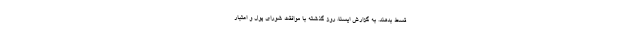
قسط بدهند. به گزارش ایسنا، روز گذشته با موافقت شورای پول و اعتبار